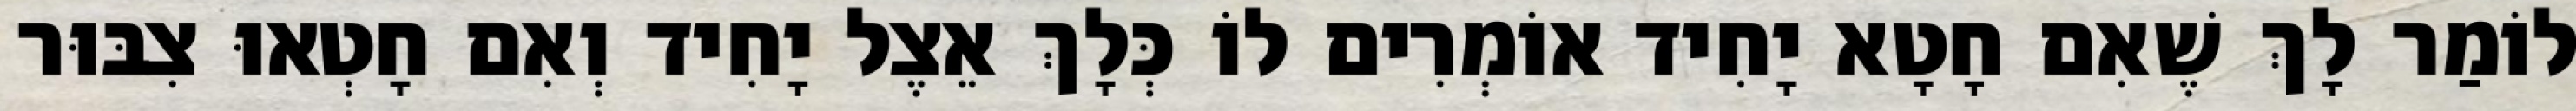
לוֹמַר לָךְ שֶׁאִם חָטָא יָחִיד אוֹמְרִים לוֹ כְּלָךְ אֵצֶל יָחִיד וְאִם חָטְאוּ צִבּוּר